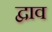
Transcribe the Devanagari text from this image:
द्वाव